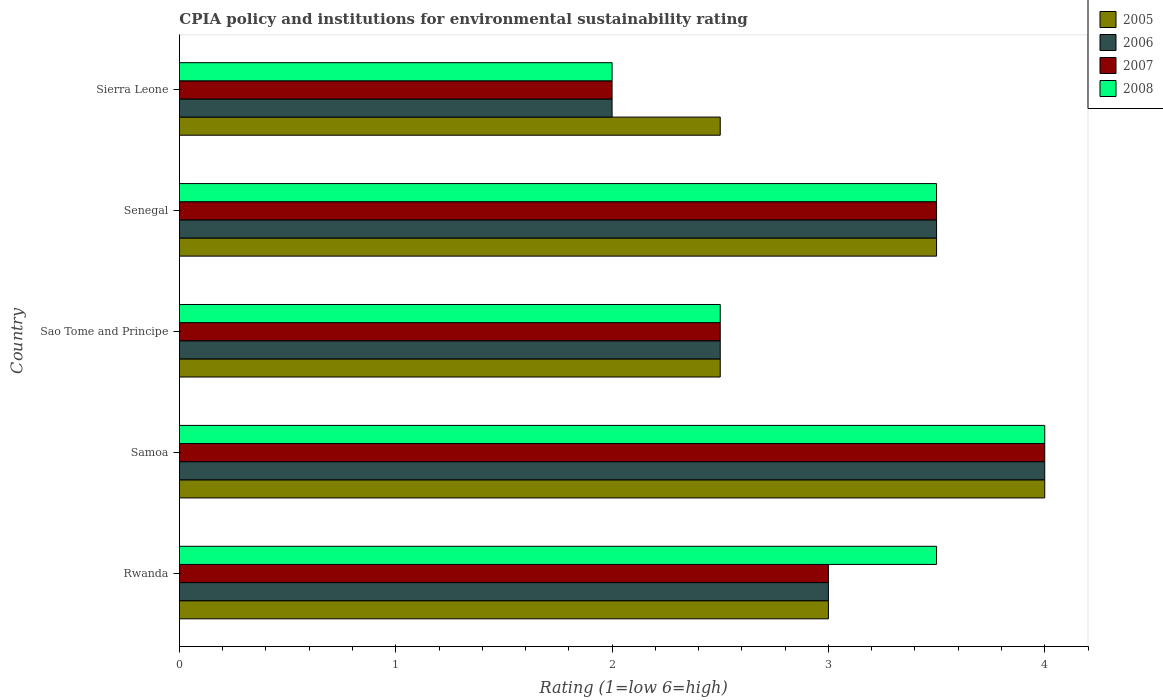
| Country | 2005 | 2006 | 2007 | 2008 |
 | --- | --- | --- | --- | --- |
 | Rwanda | 3 | 3 | 3 | 3.5 |
 | Samoa | 4 | 4 | 4 | 4 |
 | Sao Tome and Principe | 2.5 | 2.5 | 2.5 | 2.5 |
 | Senegal | 3.5 | 3.5 | 3.5 | 3.5 |
 | Sierra Leone | 2.5 | 2 | 2 | 2 |